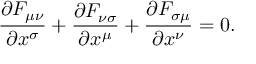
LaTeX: { \frac { \partial F _ { \mu \nu } } { \partial x ^ { \sigma } } } + { \frac { \partial F _ { \nu \sigma } } { \partial x ^ { \mu } } } + { \frac { \partial F _ { \sigma \mu } } { \partial x ^ { \nu } } } = 0 .